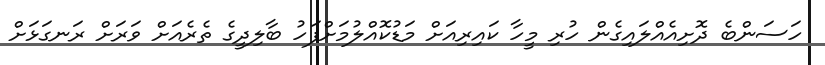
ހަސަންބެ ދޮށިއެއްލައިގެން ހުރި މީހާ ކައިރިއަށް މަޑުކޮއްލުމަށްފަހު ބާލިދީގެ ތެރެއަށް ވަރަށް ރަނގަޅަށް